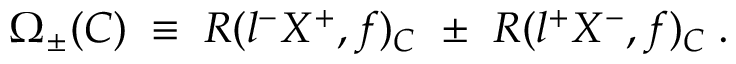
\Omega _ { \pm } ( C ) \; \equiv \; R ( l ^ { - } X ^ { + } , f ) _ { C } ~ \pm ~ R ( l ^ { + } X ^ { - } , f ) _ { C } \; .